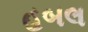
હબલ